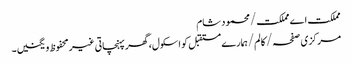
مملکت اے مملکت/محمود شام
مرکزی صفحہ/ کالم/ہمارے مستقبل کو اسکول، گھر پہنچاتی غیر محفوظ ویگنیں۔